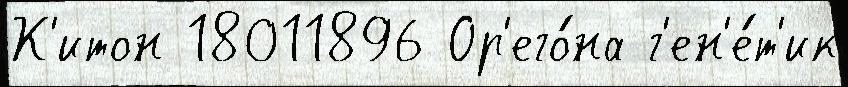
К'итон 18011896 Ор'его́на г'ен'е́т'ик